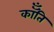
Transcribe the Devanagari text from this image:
कॉँति